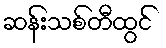
ဆန်းသစ်တီထွင်